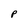
Character: p